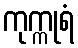
ကုက္ကုရံ